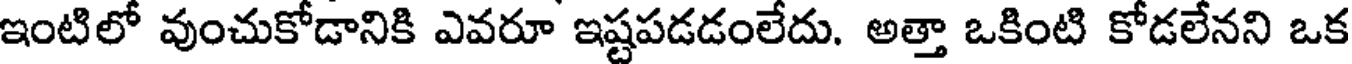
ఇంటిలో వుంచుకోడానికి ఎవరూ ఇష్టపడడంలేదు. అత్తా ఒకింటి కోడలేనని ఒక